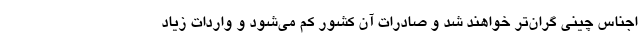
اجناس چینی گران‌تر خواهند شد و صادرات آن کشور کم می‌شود و واردات زیاد